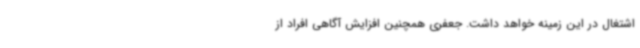
اشتغال در این زمینه خواهد داشت. جعفری همچنین افزایش آگاهی افراد از